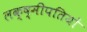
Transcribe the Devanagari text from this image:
लक्ष्मीपतियों